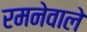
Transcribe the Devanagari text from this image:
रमनेवाले